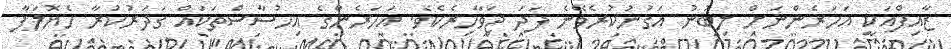
ޒާއިފްއަކީ އަހަރެންނަށް ލިބުނު އަގުނުކުރެވޭނެ ފަދަ ޖަވާހިރެކެވެ. އަހަރެންގެ އިހުސާސްތަކައް ގަދަރުކުރާ ހެޔޮލަފާ